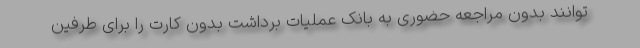
توانند بدون مراجعه حضوری به بانک عملیات برداشت بدون کارت را برای طرفین